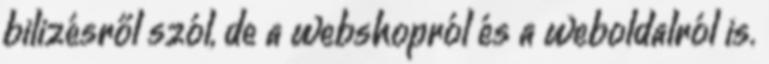
bilizésről szól, de a webshopról és a weboldalról is.